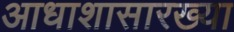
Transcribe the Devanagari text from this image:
आधाशासारख्या